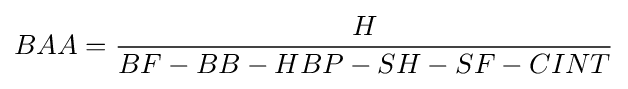
BAA={\frac {H}{BF-BB-HBP-SH-SF-CINT}}